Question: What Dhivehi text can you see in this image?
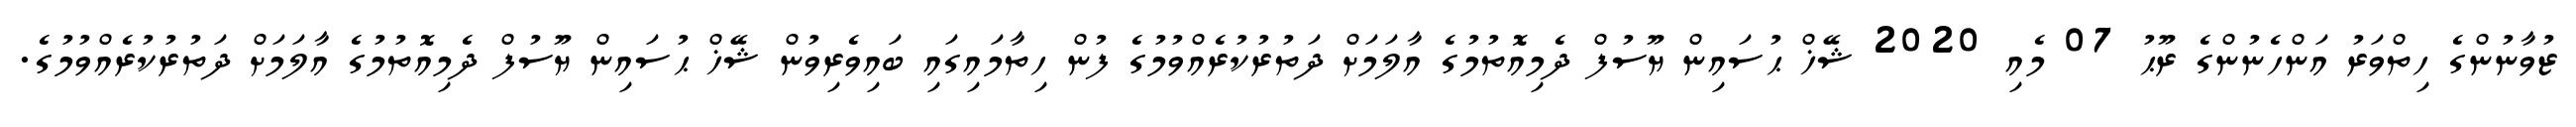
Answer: ޒުވާނުންގެ ހިތްވަރު އަންހެނުންގެ ރޫޙު 07 މެއި 2020 ޝޭޚް ޙުސައިން ޔޫސުފް ދެމިއޮތުމުގެ އާލަމަށް ދަތުރުކުރެއްވުމުގެ ފުން ހިތާމައިގައި ބައިވެރިވުން ޝޭޚް ޙުސައިން ޔޫސުފް ދެމިއޮތުމުގެ އާލަމަށް ދަތުރުކުރެއްވުމުގެ.